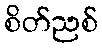
စိတ်ညစ်